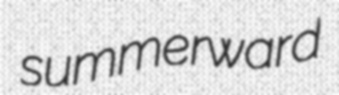
summerward